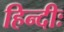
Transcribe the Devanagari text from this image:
हिन्दीः